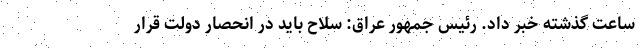
ساعت گذشته خبر داد. رئیس جمهور عراق: سلاح باید در انحصار دولت قرار